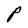
Character: P